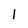
Character: l